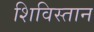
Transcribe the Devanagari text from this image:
शिविस्तान